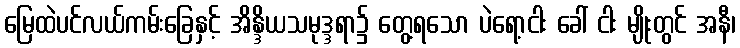
မြေထဲပင်လယ်ကမ်းခြေနှင့် အိန္ဒိယသမုဒ္ဒရာ၌ တွေ့ရသော ပဲရော့ငါး ခေါ် ငါး မျိုးတွင် အနီ၊